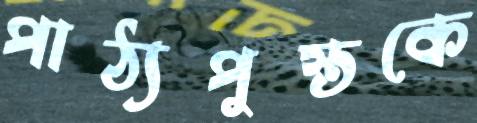
পাঠ্যপুস্তকে